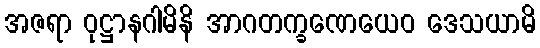
အဇရာ ဝုဋ္ဌာနဂါမိနိ အာဂတက္ခဏေယေဝ ဒေသယာမိ